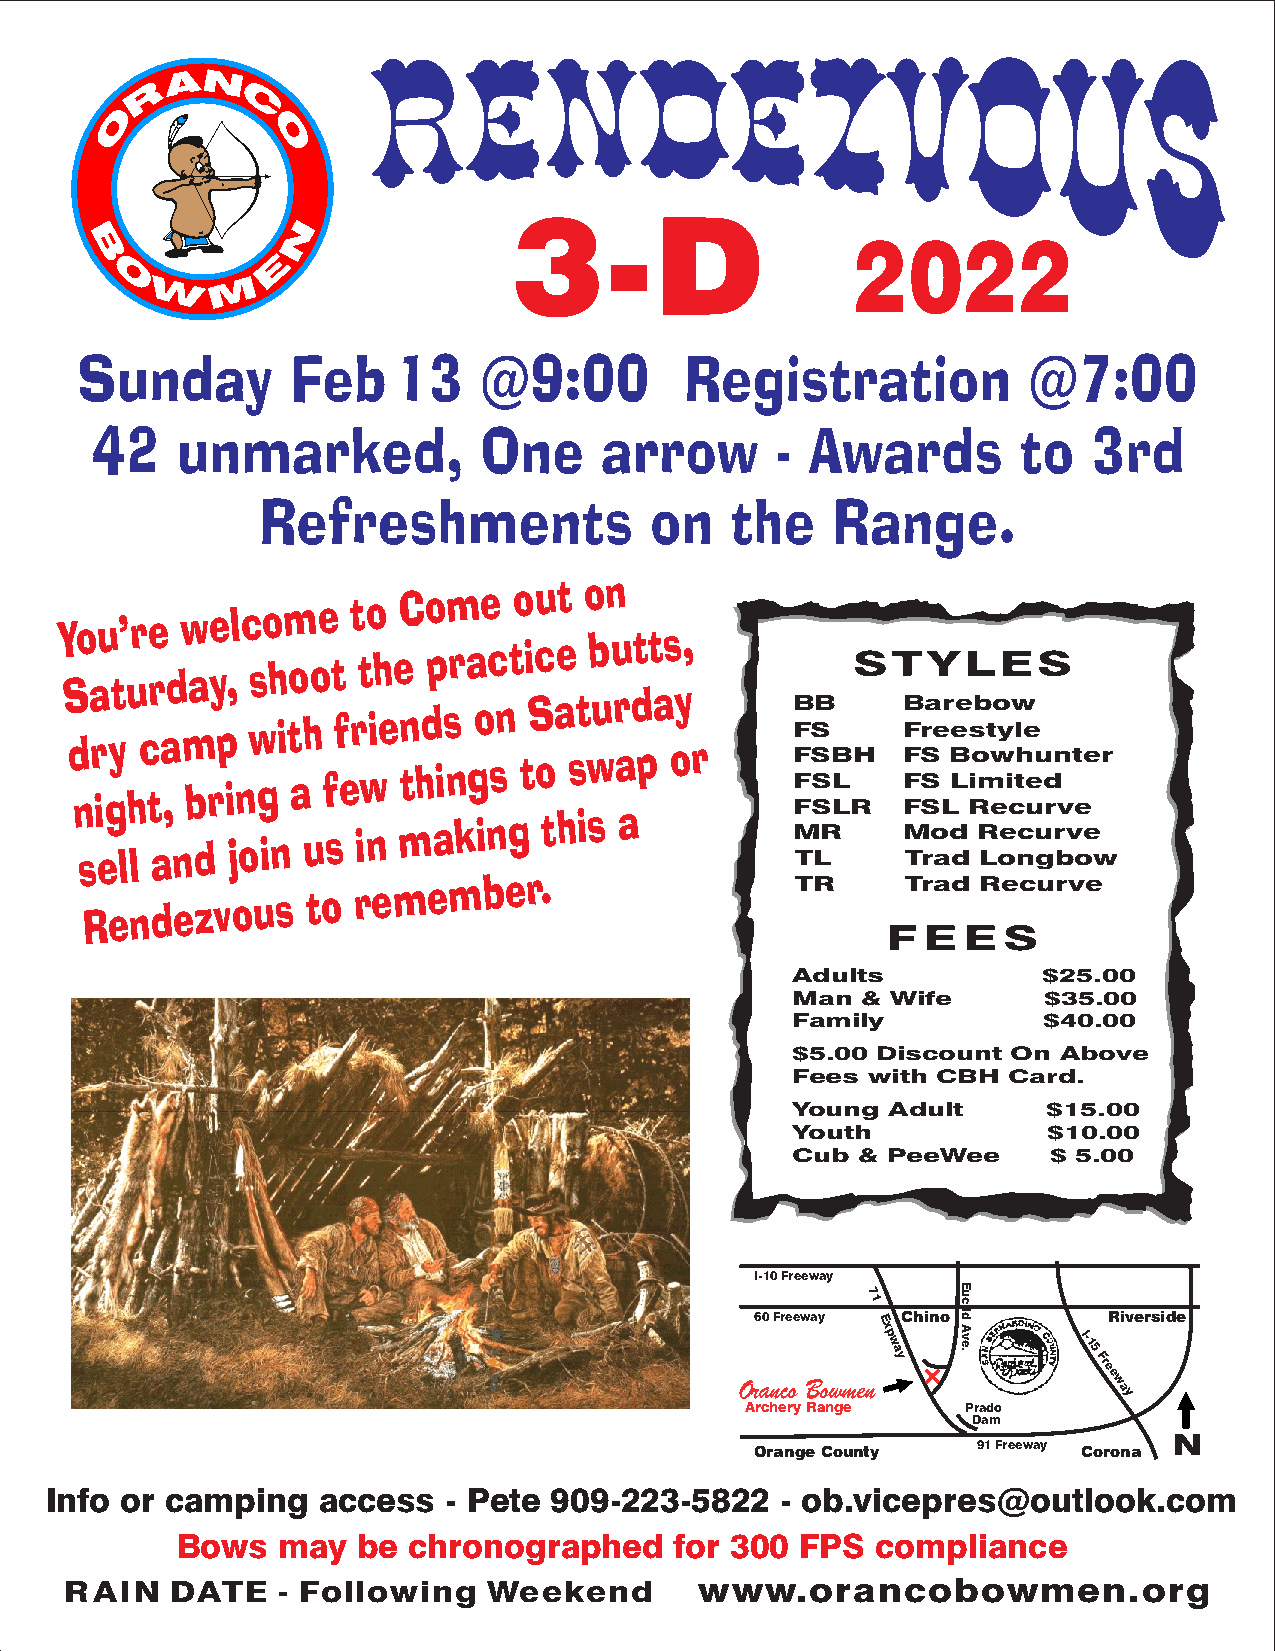
3-D
 2022
 Sunday        Feb    13    @9:00        Registration           @7:00
 42    unmarked,           One     arrow      -  Awards        to  3rd
 Refreshments              on   the    Range.
 Y S
 d
 no a
 r
 iu gyt’ u
 h
 r
 c
 te r
 a
 ,d w
 m
 ba re y
 p
 i,l
 n
 c s
 w
 go h
 i
 m to aho e ft
 f
 e
 rt t wo ih
 e
 eC
 n
 t
 hdo p
 is
 nm r a goe c
 sn
 to ti Scu oae t
 s
 t
 o wb un u
 r
 adt pt
 a
 s oy,
 r     F
 F
 FB S
 S
 SB
 B
 L
 S
 H
 T
 F
 F
 FB r
 S
 SaY
 e r
 B
 LeeL
 is ob mt wo
 yE
 iw tl he
 euS
 dnter
 sell
 and
 join us  in
 making
 this a          F
 M
 TS
 LR
 L R  F
 M
 TrS
 o
 aL
 d
 d
 R
 R
 Le oec ncu
 u
 gr
 r
 bv
 v
 oe
 e
 w
 Rendezvous    to
 remember.
 TR     Trad Recurve
 FEES
 Adults           $25.00
 Man  & Wife      $35.00
 Family           $40.00
 $5.00 Discount On Above
 Fees with CBH  Card.
 Young  Adult     $15.00
 Youth            $10.00
 Cub  & PeeWee     $ 5.00
 I-10 Freeway
 7
 60 Freeway
 1
 E Chino        Riverside
 Oranco
 Bowmenxp
 w
 a
 y
 I-15
 Free
 w
 ay
 Archery Range  Prado
 Dam
 N
 Orange County  91 Freeway Corona
 Info or camping   access   - Pete 909-223-5822   - ob.vicepres@outlook.com
 Bows  may   be chronographed     for 300 FPS  compliance
 RAIN   DATE   - Following   Weekend       www.orancobowmen.org
 Approved                Concessionaire
 Euclid
 Ave.